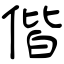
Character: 偕